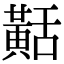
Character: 𪎾